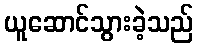
ယူဆောင်သွားခဲ့သည်